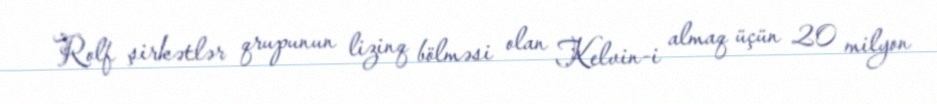
Rolf şirkətlər qrupunun lizinq bölməsi olan Kelvin-i almaq üçün 20 milyon